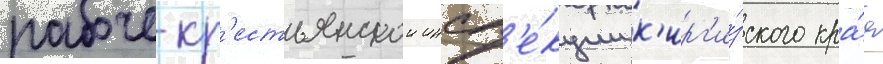
рабоче-кр'естьянскои инсп'е́кции к'ирг'и́зского кра́я